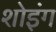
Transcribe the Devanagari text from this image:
शोइंग